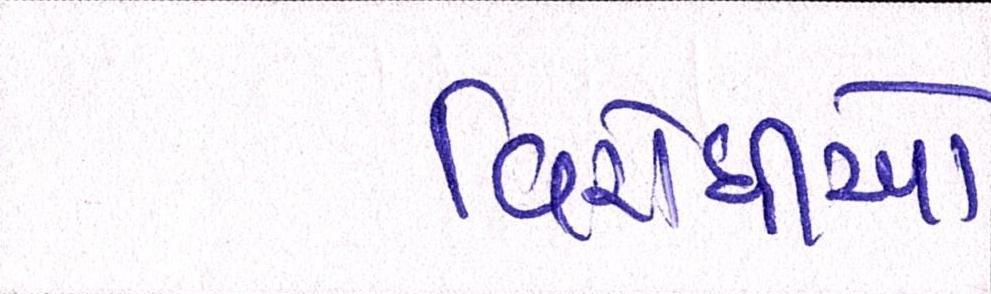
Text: વિરોધીઓ